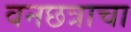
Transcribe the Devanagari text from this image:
वनछत्राचा